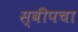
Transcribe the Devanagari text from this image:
स्वीपचा